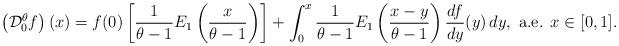
LaTeX: \begin{align*}\left(\mathcal{D}_0^\theta f\right)(x)=f(0) \left[\frac{1}{\theta-1} E_1\left(\frac{x}{\theta-1}\right)\right]+ \int_0^x \frac{1}{\theta-1}E_1\left(\frac{x-y}{\theta-1}\right)\frac{df}{dy}(y)\,dy,\mbox{ a.e. } x\in [0,1].\end{align*}